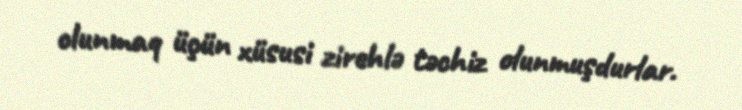
olunmaq üçün xüsusi zirehlə təchiz olunmuşdurlar.